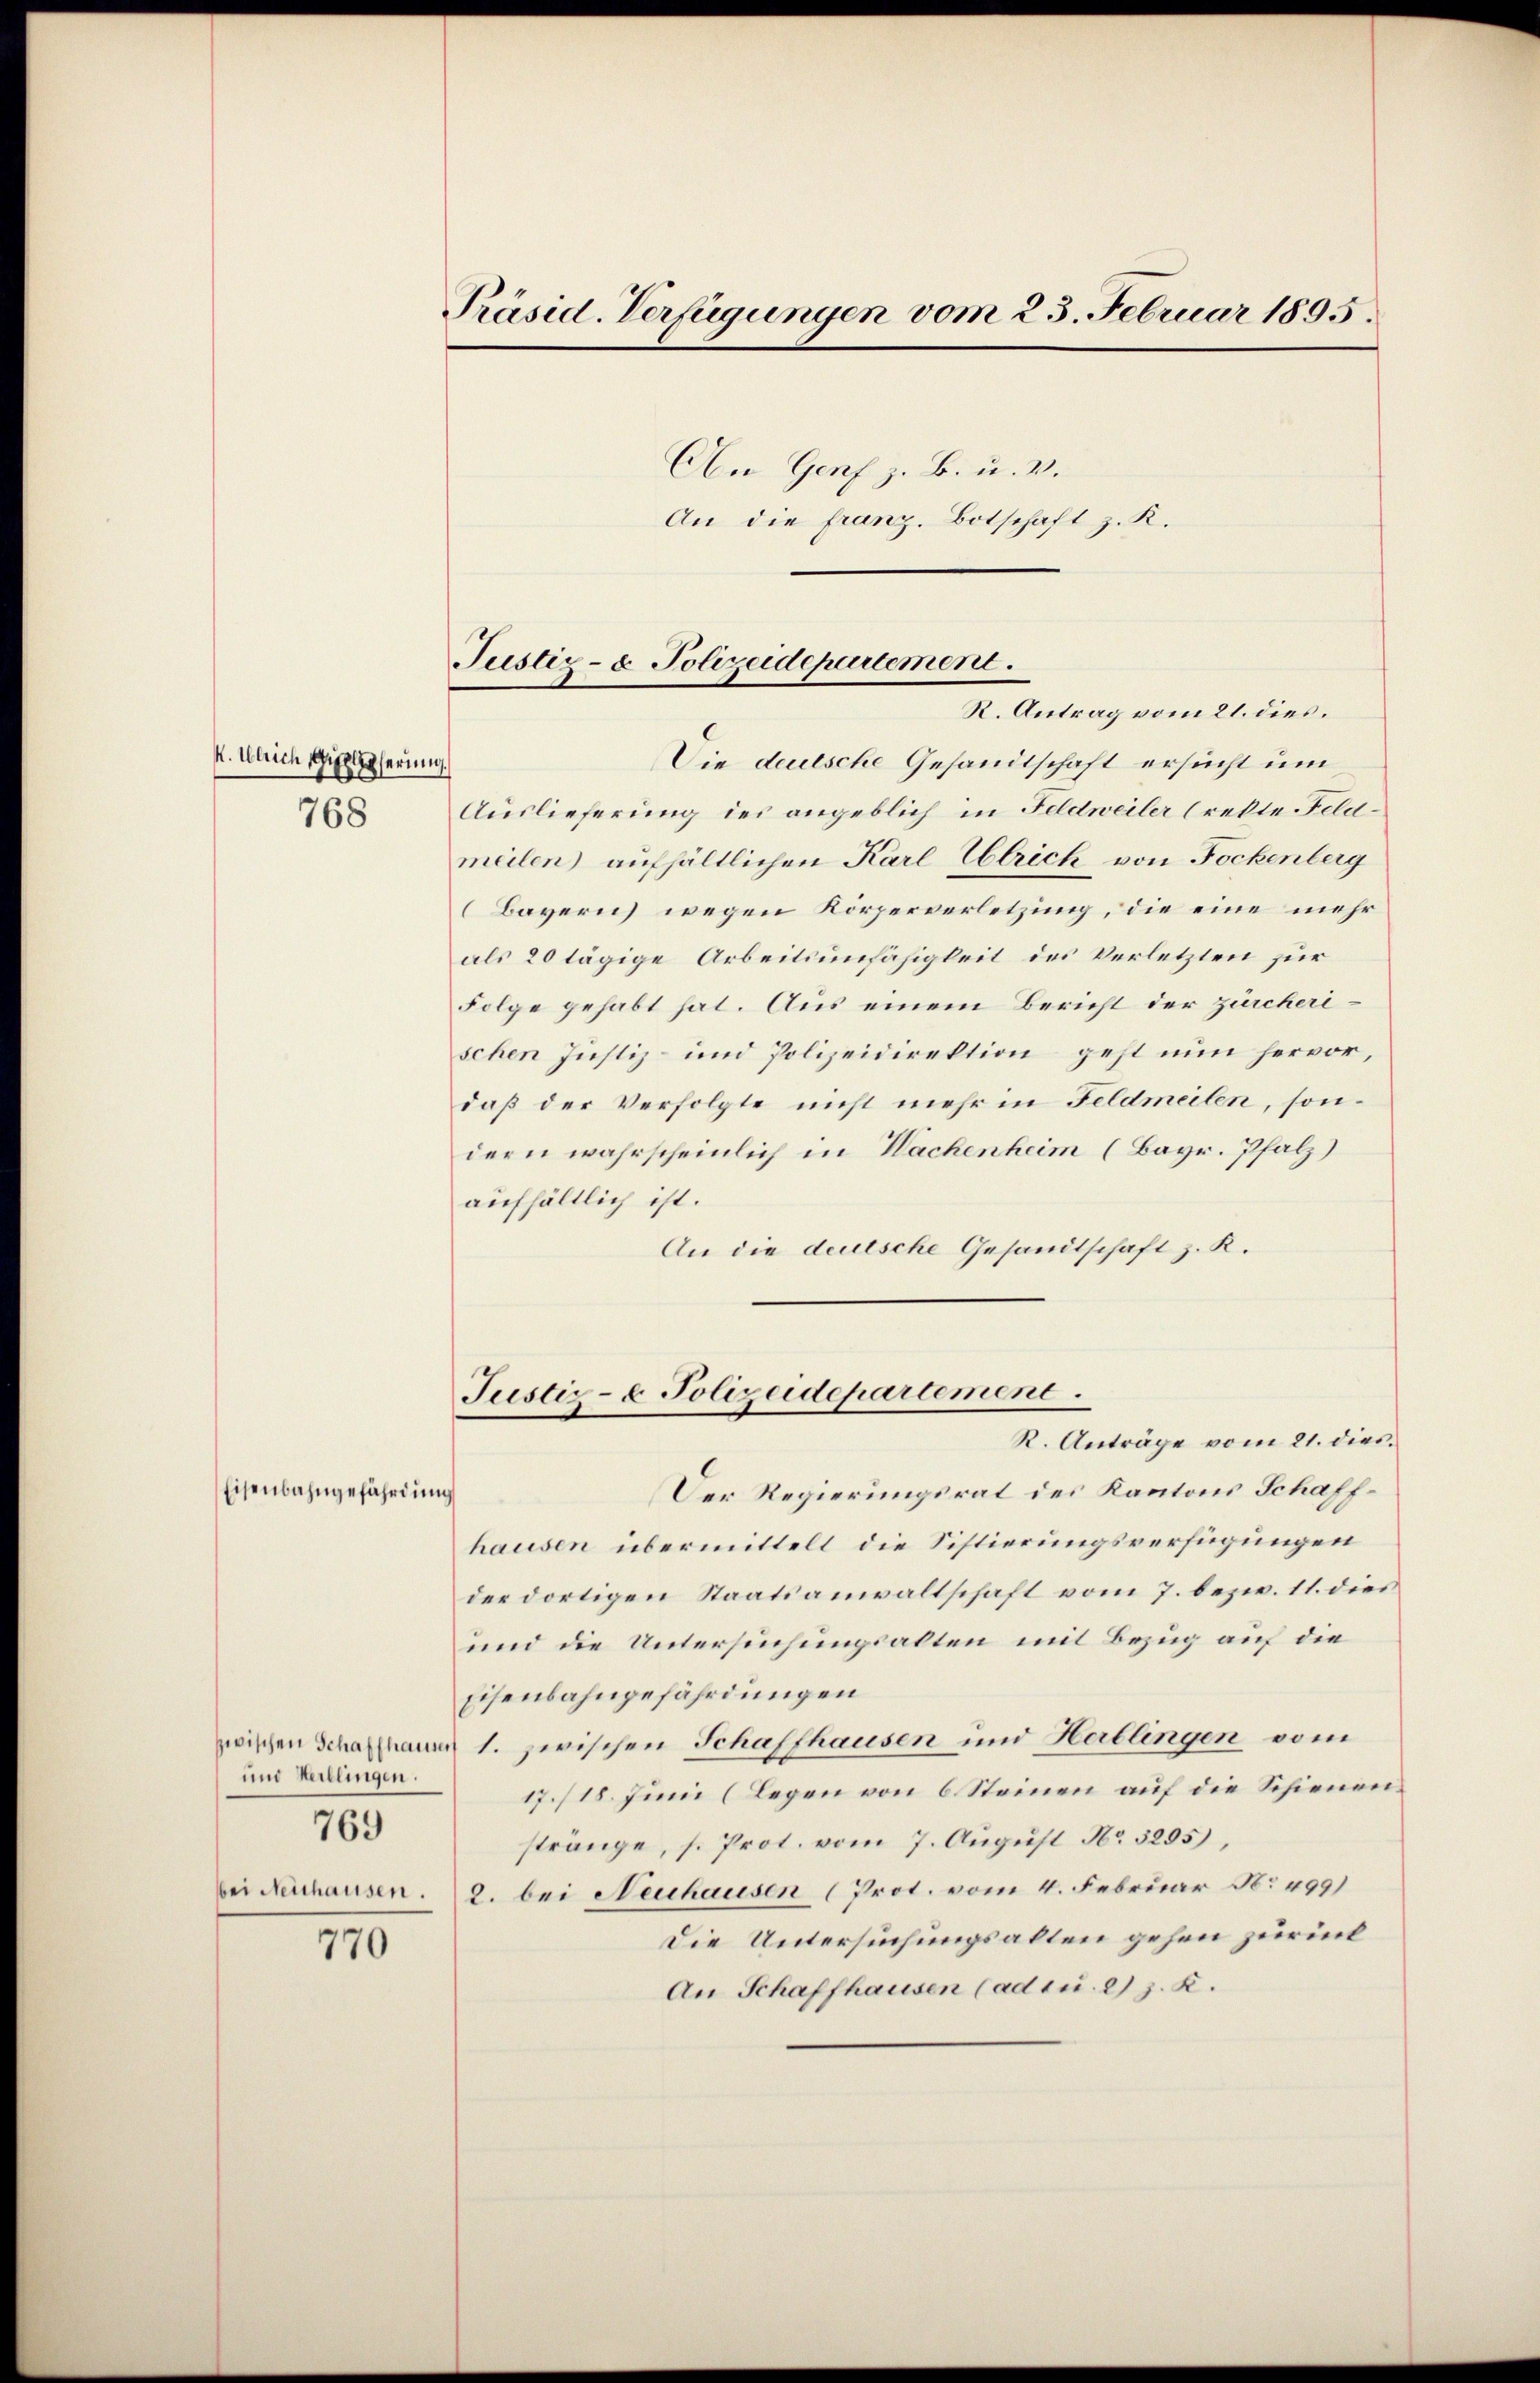
768

Eisenbahngefährdung

K. Ulrich, Gipserin

und Hertlingen.
769
bei Neuhausen.

770

Präsid. Verfügungen vom 23. Februar 1895.

An die franz. Botschaft z. K.

Justiz- & Polizeidepartement.

R. Antrag vom 21. dies.
1
Die deutsche Gesandtschaft ersucht um
Auslieferung des angeblich in Feldweiler (rekte Feldmeilen aufhältlichen Karl Ulrich von Fockenberg
(Bayern) wegen Körperverletzung, die eine mehr
als 20 tägige Arbeitsunfähigkeit des Verletzten für
Folge gehabt hat. Aus einem Bericht der zürcherischen Justiz- und Polizeidirektion geht nun hervor,
daß der Verfolgte nicht mehr in Feldmeilen, sondern wahrscheinlich in Wachenheim (Bayr. Pfalz)
aufhältlich ist.
An die deutsche Gesandtschaft z. K.

An Genf z. B. u. v.

Justiz- & Polizeidepartement.
R. Anträge vom 21. dies

Der Regierungsrat des Kantons Schaffhausen übermittelt die Sistierungsverfügungen
der dortigen Staatsanwaltschaft vom 7. bezw. 11. dies
und die Untersuchungsalten mit Bezug auf die
Eisenbahngefährdungen
zwischen Schaffhaun 1. zwischen Schaffhausen und Herblingen vom
17./18. Juni (Legen von 6 Steinen auf die Schienenstränge, s. Prot. vom 7. Aŭgŭst No. 5295),
2. bei Neuhausen (Prot. vom 4. Februar No 499)
Die Untersuchungsalten gehen zurück¬
An Schaffhausen (ad cu. 2) z. K.